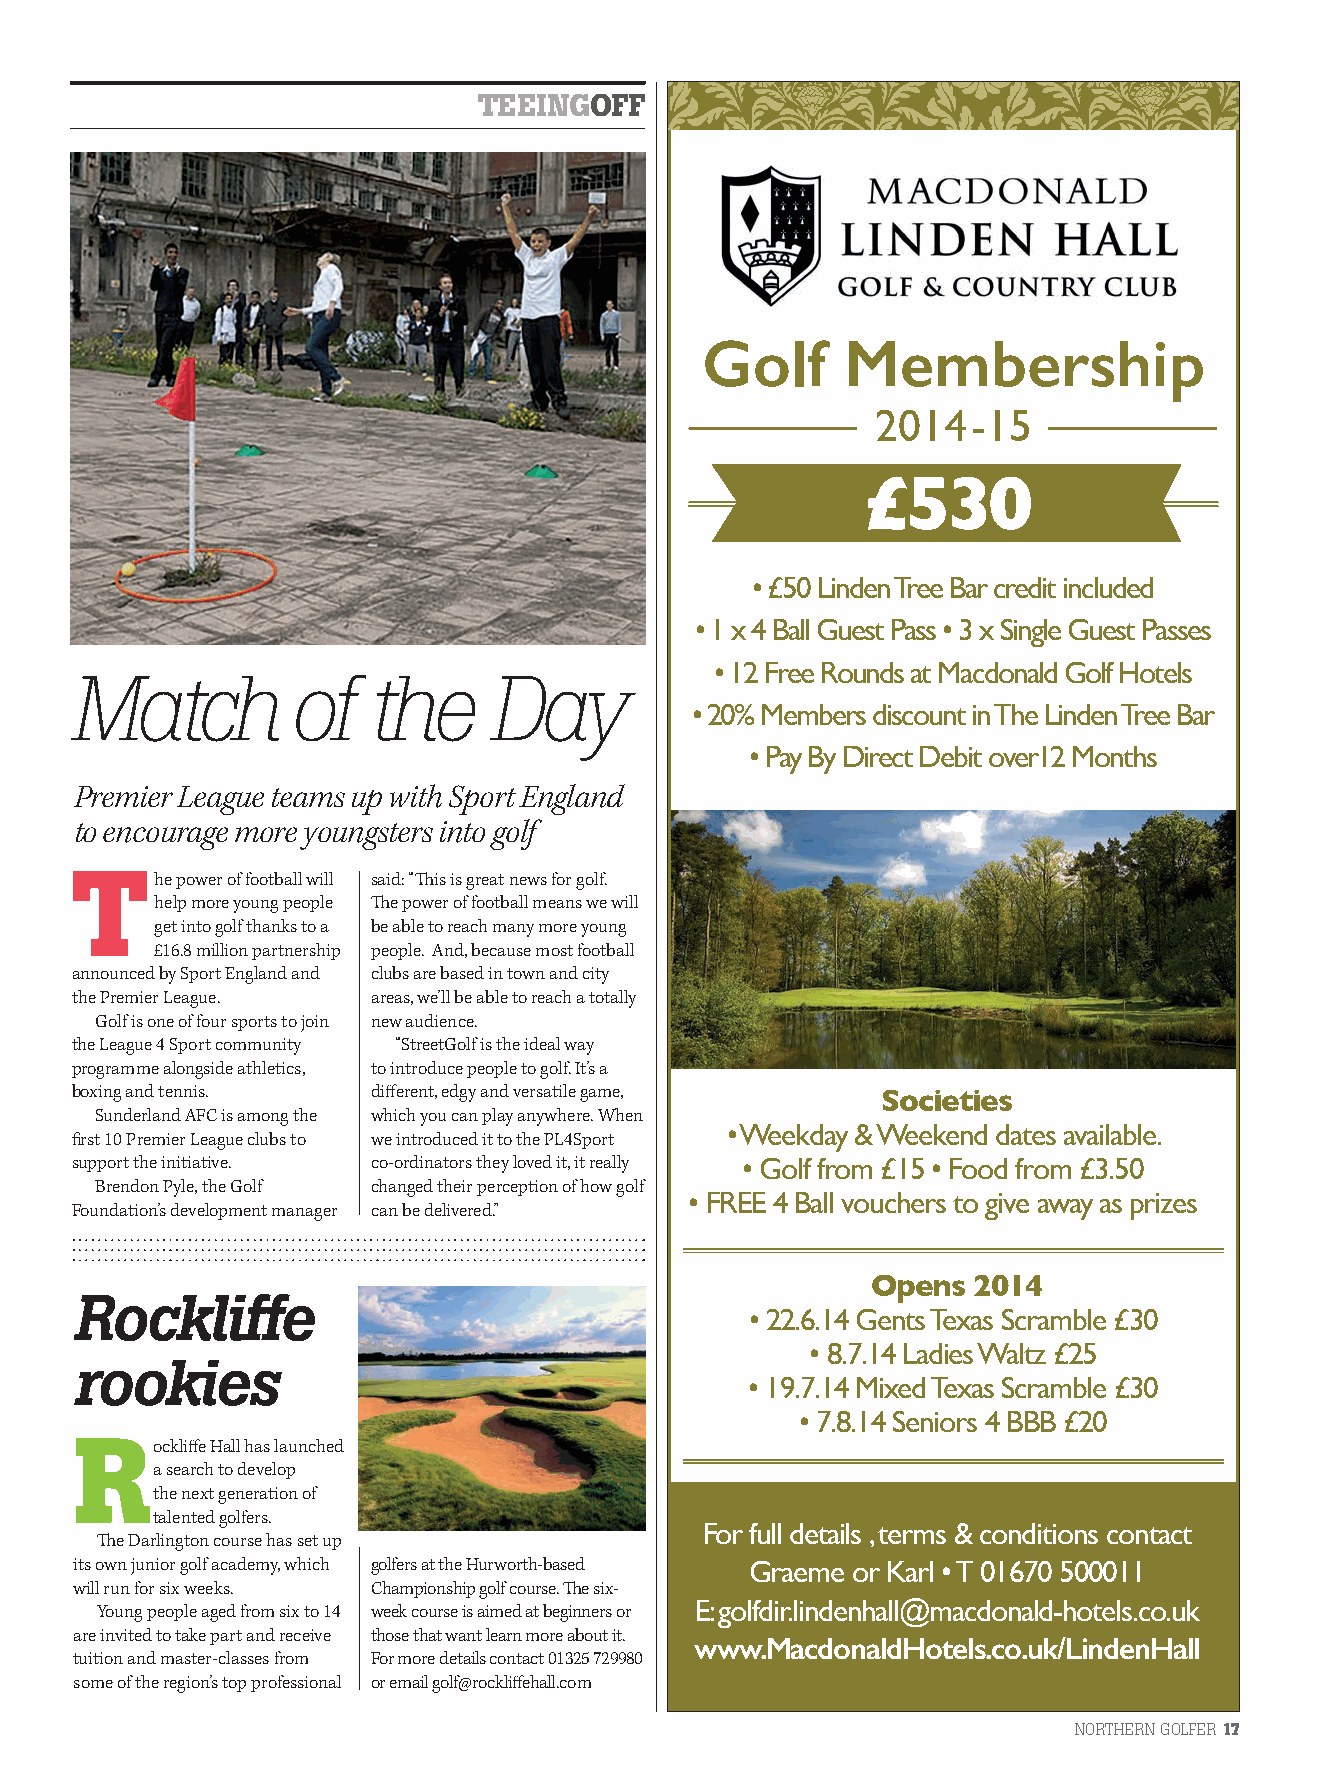
TEEINGOFF
 Golf      Membership
 2014  -15
 £530
 • £50 Linden Tree Bar credit included
 • 1 x 4 Ball Guest Pass • 3 x Single Guest Passes
 • 12 Free Rounds at Macdonald Golf Hotels
 Match          of   the     Day
 • 20% Members discount in The Linden Tree Bar
 • Pay By Direct Debit over12 Months
 Premier League teams up with Sport England
 to encourage more youngsters into golf
 The    power of football will said: “Th is is great news for golf.
 help more young people Th e power of football means we will
 get into golf thanks to a be able to reach many more young
 £16.8 million partnership people. And, because most football
 announced by Sport England and clubs are based in town and city
 the Premier League. areas, we’ll be able to reach a totally
 Golf is one of four sports to join new audience.
 the League 4 Sport community “StreetGolf is the ideal way
 programme alongside athletics, to introduce people to golf. It’s a
 boxing and tennis.  diff erent, edgy and versatile game,
 Societies
 Sunderland AFC is among the which you can play anywhere. When
 • Weekday & Weekend dates available.
 fi rst 10 Premier League clubs to we introduced it to the PL4Sport
 support the initiative. co-ordinators they loved it, it really • Golf from £15 • Food from £3.50
 Brendon Pyle, the Golf changed their perception of how golf
 • FREE 4 Ball vouchers to give away as prizes
 Foundation’s development manager can be delivered.”
 Opens  2014
 Rockliffe
 • 22.6.14 Gents Texas Scramble £30
 • 8.7.14 Ladies Waltz £25
 rookies
 • 19.7.14 Mixed Texas Scramble £30
 • 7.8.14 Seniors 4 BBB £20
 Rockliff e Hall has launched
 a search to develop
 the next generation of
 talented golfers.
 For full details , terms & conditions contact
 Th e Darlington course has set up
 its own junior golf academy, which golfers at the Hurworth-based Graeme or Karl • T 01670 500011
 will run for six weeks. Championship golf course. Th e six-
 E: golfdir.lindenhall@macdonald-hotels.co.uk
 Young people aged from six to 14 week course is aimed at beginners or
 are invited to take part and receive those that want learn more about it.
 www.MacdonaldHotels.co.uk/LindenHall
 tuition and master-classes from For more details contact 01325 729980
 some of the region’s top professional or email golf@rockliff ehall.com
 NORTHERN GOLFER17
 NG21.indb 17                                                                    10/02/2014 17:11